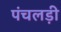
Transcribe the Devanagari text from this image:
पंचलड़ी